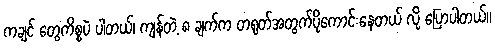
ကချင် တွေကိစ္စပဲ ပါတယ်၊ ကျန်တဲ့ ၈ ချက်က တရုတ်အတွက်ပိုကောင်းနေတယ် လို့ ပြောပါတယ်။